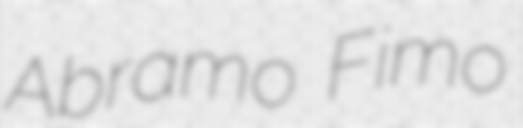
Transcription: Abramo Fimo